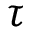
\tau